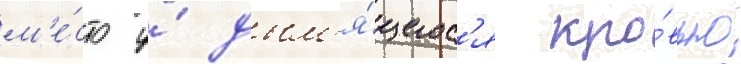
м'е́сто у́ дым'я́щегос'я кро́вью